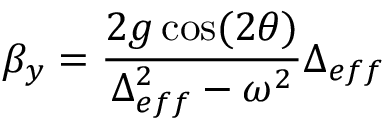
\beta _ { y } = \frac { 2 g \cos ( 2 \theta ) } { \Delta _ { e f f } ^ { 2 } - \omega ^ { 2 } } \Delta _ { e f f }